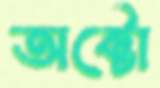
অক্টো